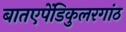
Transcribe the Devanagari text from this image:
बातएपेंडिकुलरगांठ